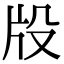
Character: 𤖬